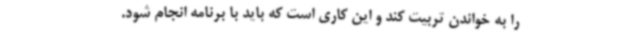
را به خواندن تربیت کند و این کاری است که باید با برنامه انجام شود.